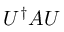
U ^ { \dagger } A U